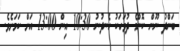
ބަންދު ނޫން ކޮންމެ ދުވަހަކު ހެނދުނު 10:30 އިން 13:00 އަށް ކަމަށެވެ.